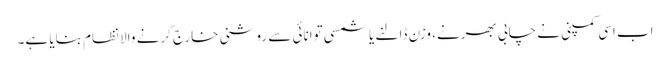
اب اسی کمپنی نے چابی بھرنے، وزن ڈالنے یا شمسی توانائی سے روشنی خارج کرنے والا نظام بنایا ہے۔